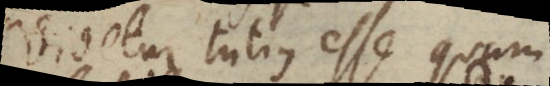
Videtur tutius esse quam